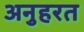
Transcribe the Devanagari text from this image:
अनुहरत